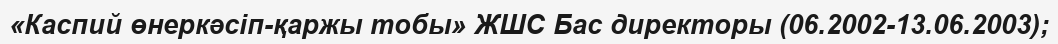
«Каспий өнеркәсіп-қаржы тобы» ЖШС Бас директоры (06.2002-13.06.2003);